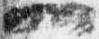
一